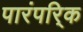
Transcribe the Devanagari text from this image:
पारंपरि्क